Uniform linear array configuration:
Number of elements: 64
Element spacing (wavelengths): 0.75
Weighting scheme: blackman
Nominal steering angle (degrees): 45
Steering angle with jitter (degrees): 44.986
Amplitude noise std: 0.05
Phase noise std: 0.05

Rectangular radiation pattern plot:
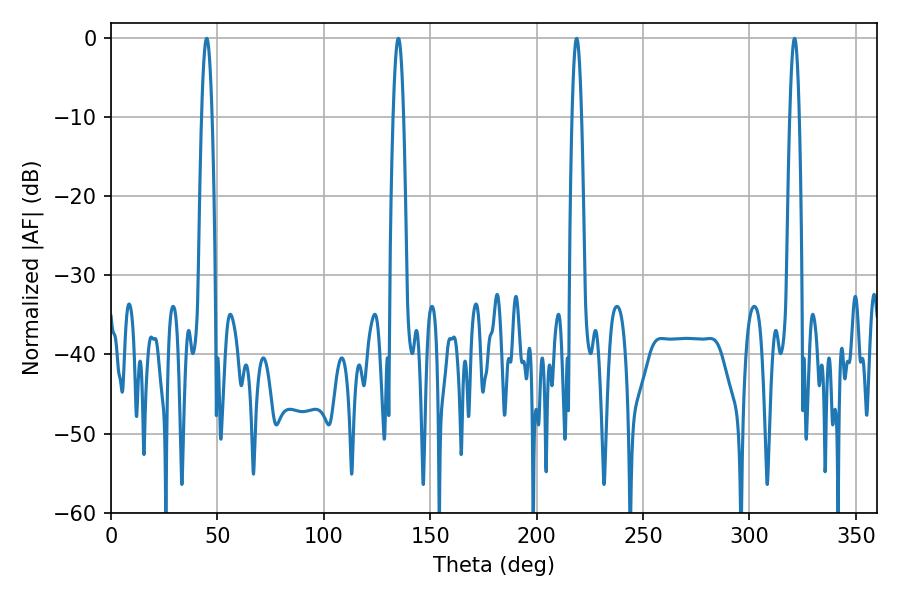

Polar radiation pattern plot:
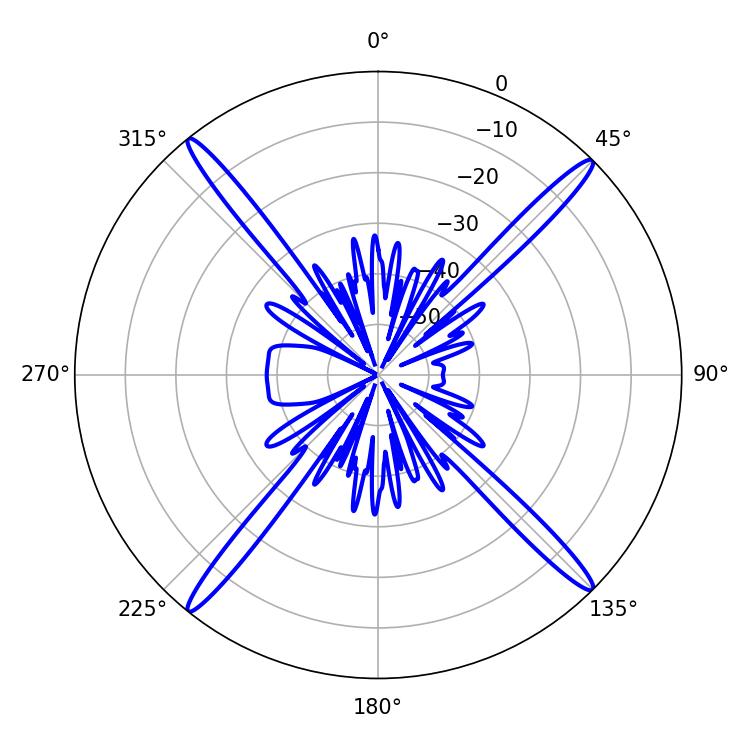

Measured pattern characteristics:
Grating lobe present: TRUE
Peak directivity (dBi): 21.52
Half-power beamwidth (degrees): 2.52
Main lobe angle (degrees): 45